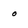
Character: o